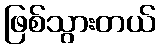
ဖြစ်သွားတယ်